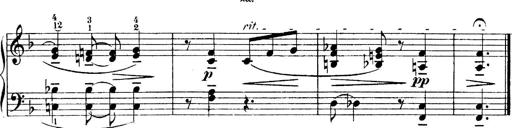
Title: 4 Sonatines
Composer: Max Reger